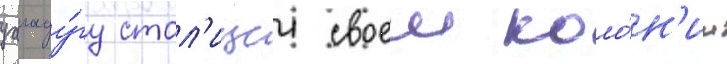
уагаду́гу стол'ицеи своеи коло́н'ии